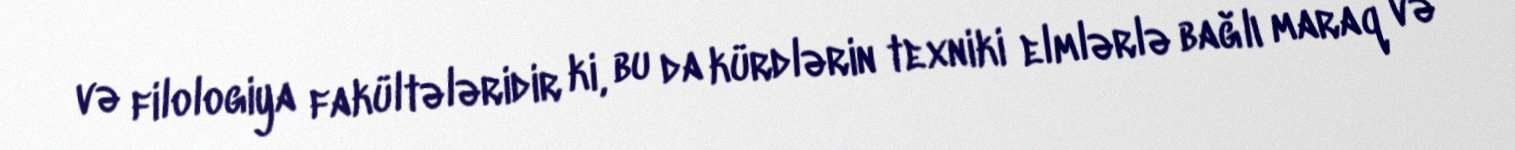
və filologiya fakültələridir ki, bu da kürdlərin texniki elmlərlə bağlı maraq və